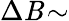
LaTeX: \Delta\mathit{B}\! \sim